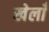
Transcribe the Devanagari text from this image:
खेलाँ